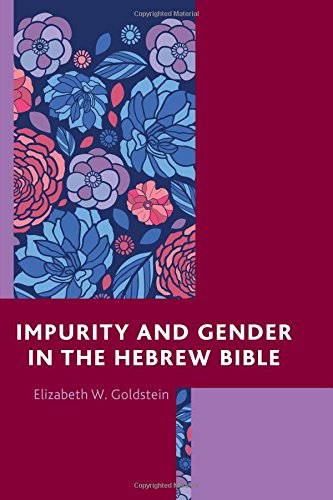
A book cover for Impurity and Gender in the Hebrew Bible; Elizabeth W. Goldstein; Religion & Spirituality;